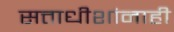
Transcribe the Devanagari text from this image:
सत्ताधीशांनाही